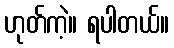
ဟုတ်ကဲ့။ ရပါတယ်။